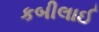
કબીલાઈ